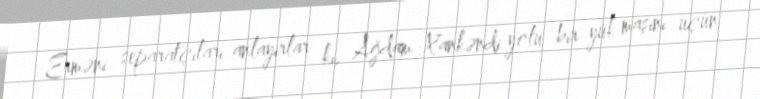
Erməni separatçıları anlayırlar ki, Ağdam-Xankəndi yolu bir yük maşını üçün